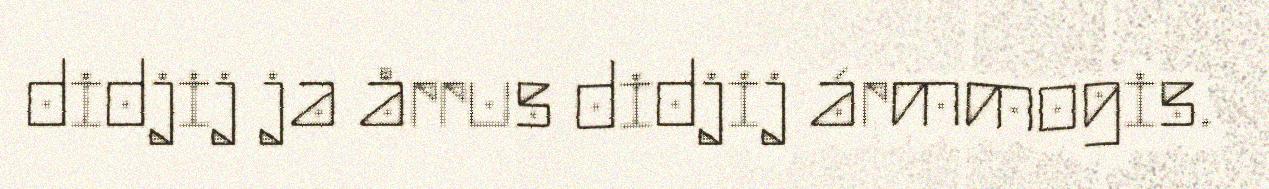
didjij ja årrus didjij ármmogis.